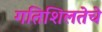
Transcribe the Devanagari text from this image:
गतिशिलतेचे